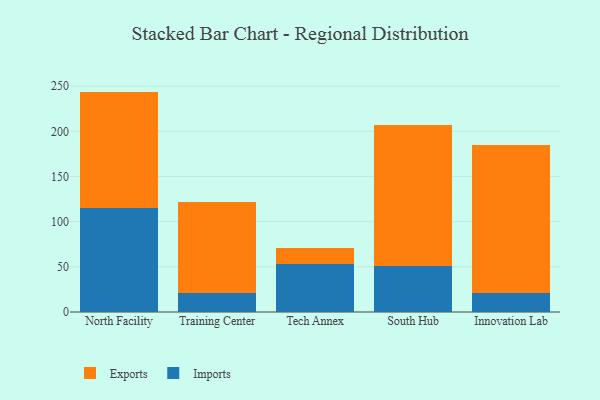
{"axis": {"x": "Campus", "y": "Website Visitors"}, "legend": ["Exports", "Imports"], "data": [{"x": "North Facility", "y": 115.4, "type": "Imports"}, {"x": "North Facility", "y": 128.6, "type": "Exports"}, {"x": "Training Center", "y": 20.6, "type": "Imports"}, {"x": "Training Center", "y": 101.2, "type": "Exports"}, {"x": "Tech Annex", "y": 53.4, "type": "Imports"}, {"x": "Tech Annex", "y": 17.4, "type": "Exports"}, {"x": "South Hub", "y": 50.8, "type": "Imports"}, {"x": "South Hub", "y": 156.2, "type": "Exports"}, {"x": "Innovation Lab", "y": 21.2, "type": "Imports"}, {"x": "Innovation Lab", "y": 164.0, "type": "Exports"}]}